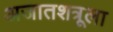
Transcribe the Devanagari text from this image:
अजातशत्रूला